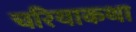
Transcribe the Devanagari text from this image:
चरियाकथा